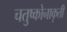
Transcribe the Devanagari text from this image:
चतुष्कोनाकृती